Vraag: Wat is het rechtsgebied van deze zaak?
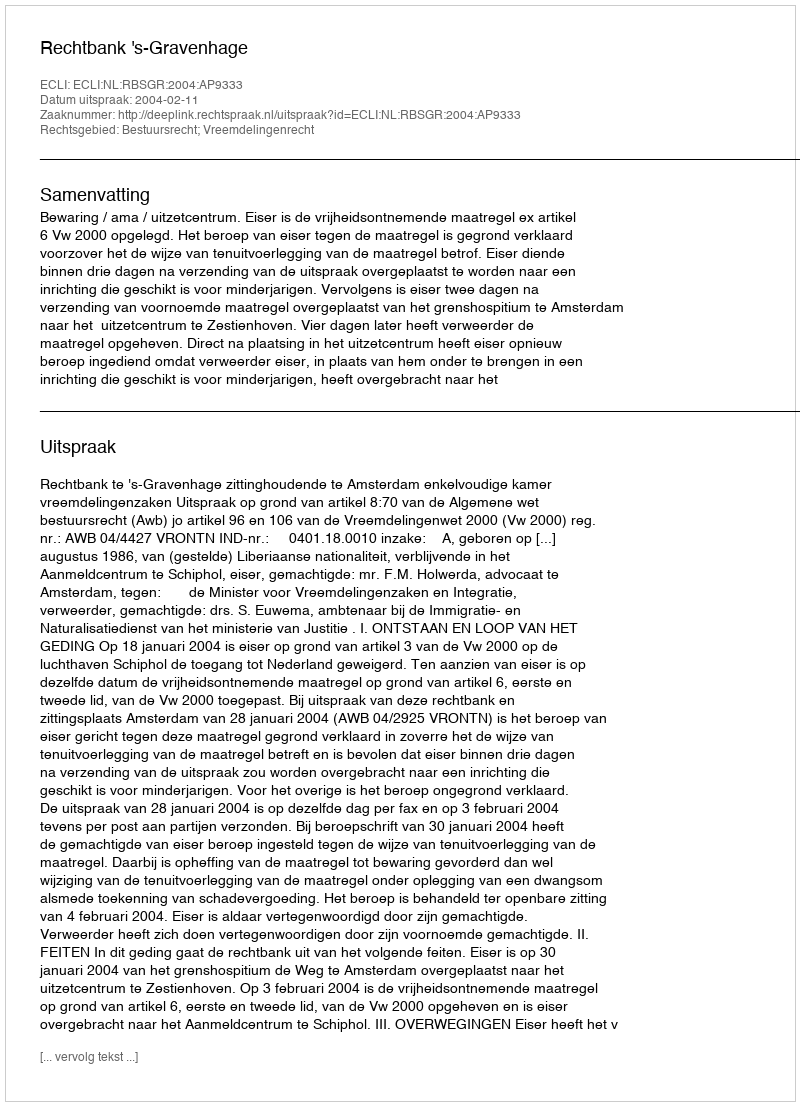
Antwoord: Bestuursrecht; Vreemdelingenrecht